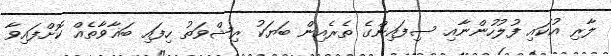
ލާރި އުކައި ފުލުހުންނާއި ސިފައިންގެ ތެރެއިން ބަޔަކު ރިޝްވަތު ހިފައި ބަޣާވާތެއް ކޮށްފައިވާ